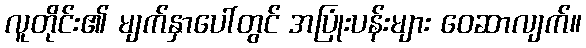
လူတိုင်း၏ မျက်နှာပေါ်တွင် အပြုံးပန်းများ ဝေဆာလျက်။